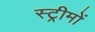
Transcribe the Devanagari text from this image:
स्ट्रीमों